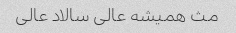
مث همیشه عالی سالاد عالی